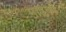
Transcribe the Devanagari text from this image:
माइकी